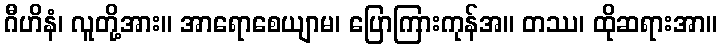
ဂီဟိနံ၊ လူတို့အား။ အာရောစေယျာမ၊ ပြောကြားကုန်အ။ တဿ၊ ထိုဆရားအာ။